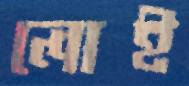
লোই